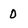
Character: 0